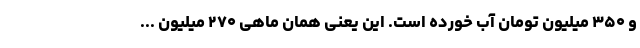
و ۳۵۰ میلیون تومان آب خورده است. این یعنی همان ماهی ۲۷۰ میلیون ...